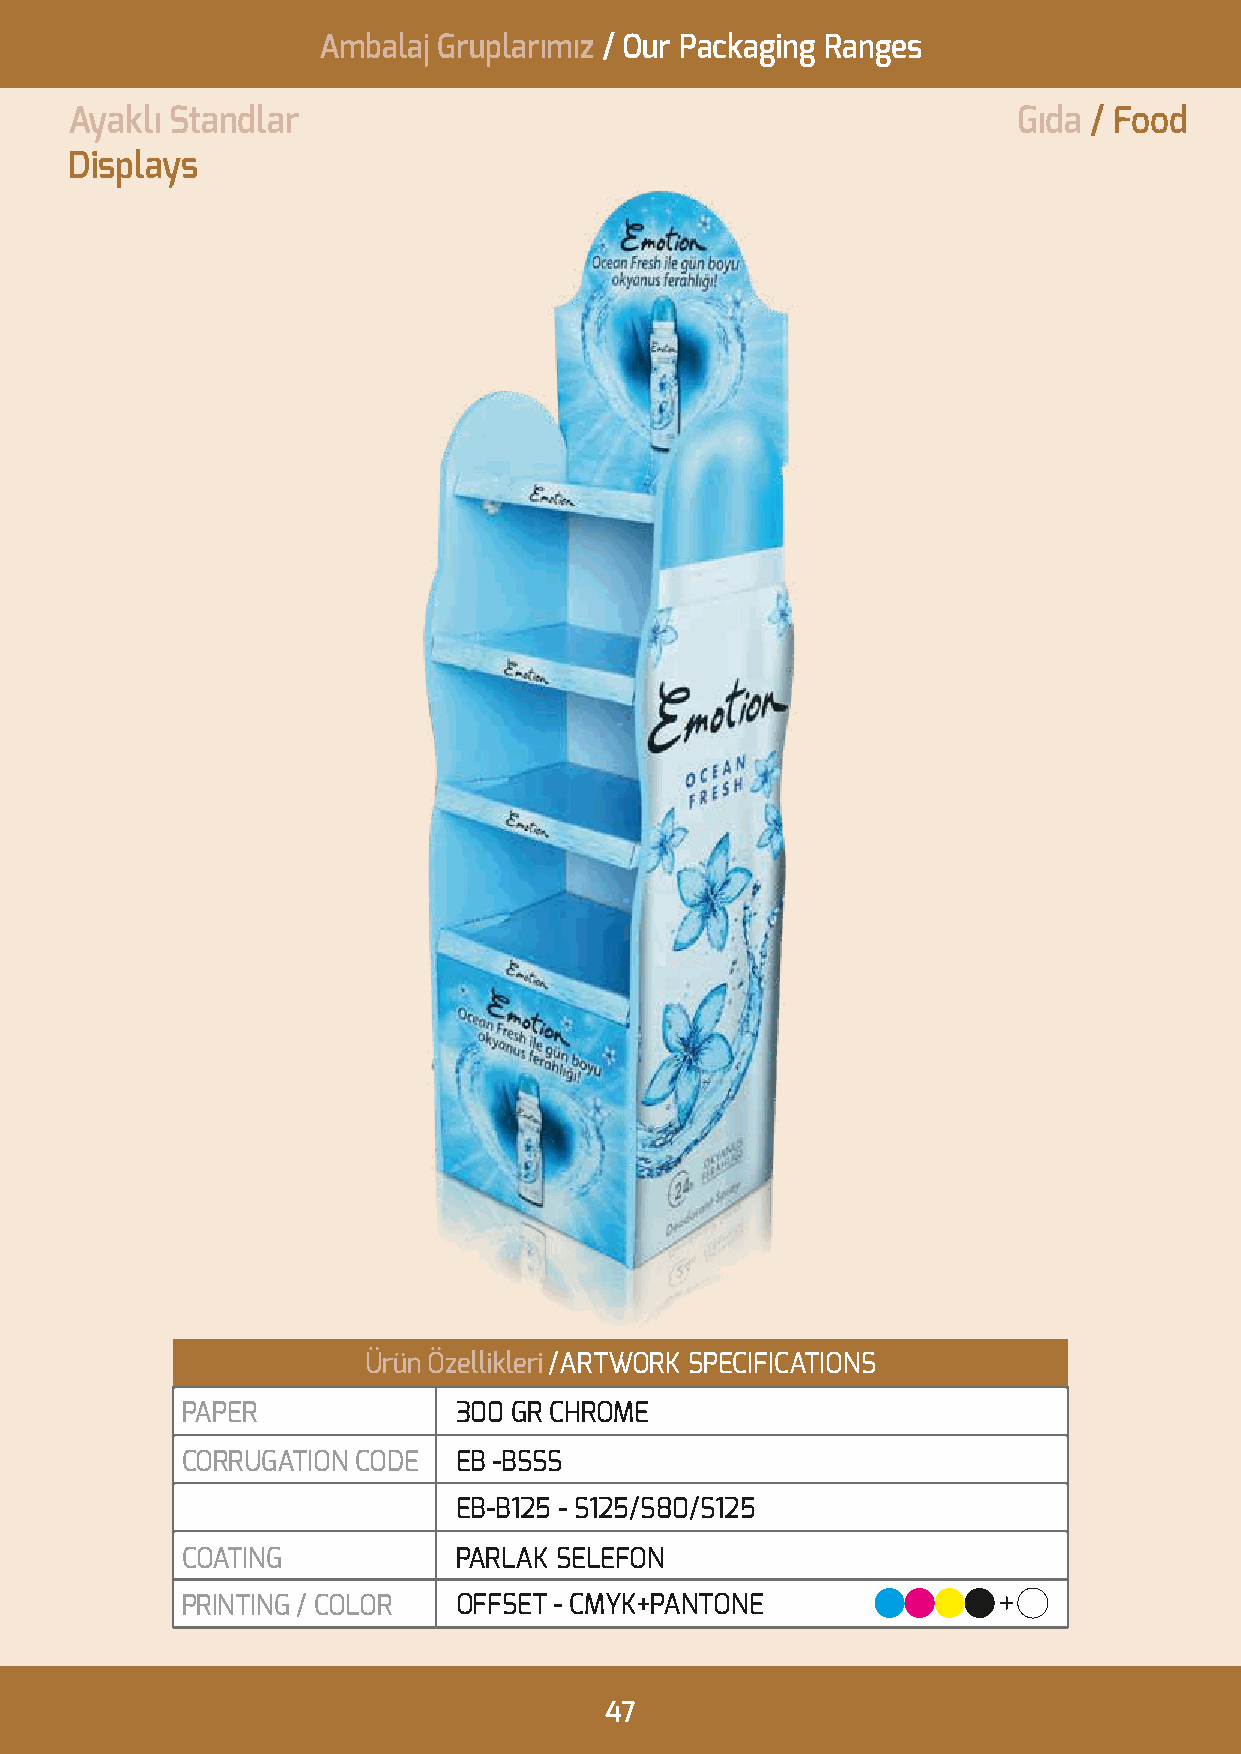
Ambalaj Gruplarımız / Our Packaging Ranges
 Ayaklı Standlar                                               Gıda / Food
 Displays
 Ürün Özellikleri /ARTWORK SPECIFICATIONS
 PAPER             300 GR CHROME
 CORRUGATION CODE  EB -BSSS
 EB-B125 - S125/S80/S125
 COATING           PARLAK SELEFON
 PRINTING / COLOR  OFFSET - CMYK+PANTONE
 47